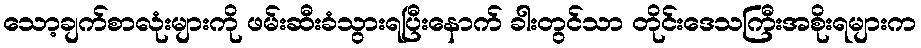
သော့ချက်စာလုံးများကို ဖမ်းဆီးခံသွားရပြီးနောက် ခါးတွင်သာ တိုင်းဒေသကြီးအစိုးရများက